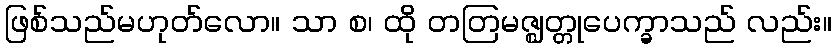
ဖြစ်သည်မဟုတ်လော။ သာ စ၊ ထို တတြမဇ္ဈတ္တုပေက္ခာသည် လည်း။